Report on lock hospitals in British Burma
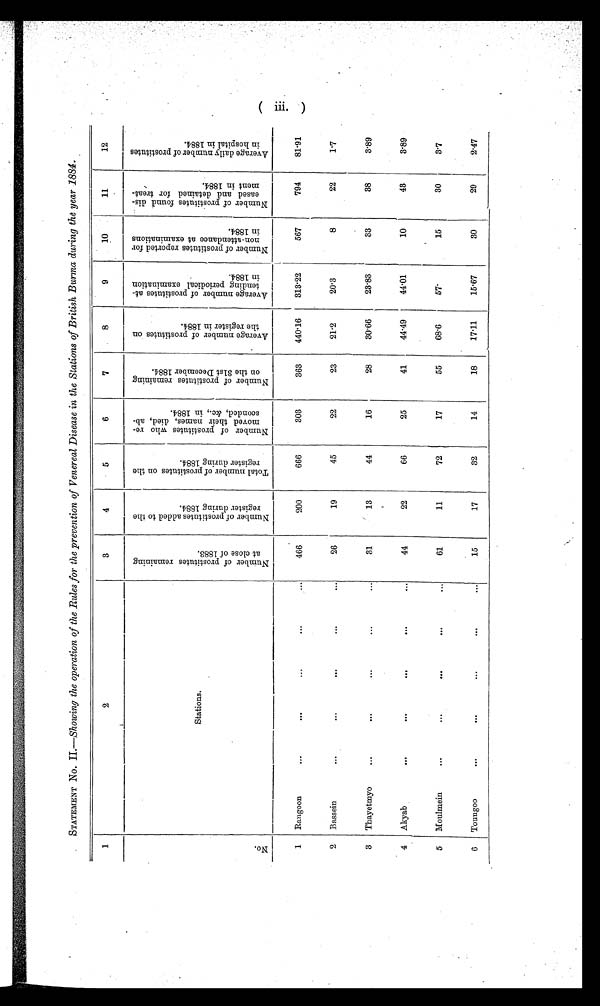
STATEMENT No. II .—Showing the operation of the Rules for the prevention of Venereal Disease in the Stations of British Burma during the year 1884.
1
2
3
4
5
6
7
8
9
10
11
12
N o .
Stations.
N u m b e r o f p r o s t i t u t e s r e m a i n i n g a t c l o s e o f 1 8 8 3 .
N u m b e r o f p r o s t i t u t e s a d d e d t o t h e r e g i s t e r d u r i n g 1 8 8 4 .
T o t a l n u m b e r o f p r o s t i t u t e s o n t h e r e g i s t e r d u r i n g 1 8 8 4 .
N u m b e r o f p r o s t i t u t e s w h o r e m o v e d t h e i r n a m e s , d i e d , a b s c o n d e d , & a m p ; c . , i n 1 8 8 4 .
N u m b e r o f p r o s t i t u t e s r e m a i n i n g o n t h e 3 1 s t D e c e m b e r 1 8 8 4 .
A v e r a g e n u m b e r o f p r o s t i t u t e s o n t h e r e g i s t e r i n 1 8 8 4 .
A v e r a g e n u m b e r o f p r o s t i t u t e s a t t e n d i n g p e r i o d i c a l e x a m i n a t i o n i n 1 8 8 4 .
N u m b e r o f p r o s t i t u t e s r e p o r t e d f o r n o n - a t t e n d a n c e a t e x a m i n a t i o n s i n 1 8 8 4
N u m b e r o f p r o s t i t u t e s f o u n d d i s e a s e d a n d d e t a i n e d f o r t r e a t m e n t i n 1 8 8 4 .
A v e r a g e d a i l y n u m b e r o f p r o s t i t u t e s i n h o s p i t a l i n 1 8 8 4 .
1 Rangoon
...
...
...
466
200
666
303
363
440.16
313.22
567
794
81.91
2 Bassein
...
...
...
...
26
19
45
22
23
21.2
20.3
8
22
1.7
3 Thayetmyo
..
...
...
...
...
31
13
44
16
28
30.66
23.83
33
38
3'89
4 Akyab
...
...
...
...
44
22
66
25
41
44.49
44.01
10
43
3.89
5 Moulmein
...
...
...
...
...
61
11
72
17
55
68.6
57.
15
30
3.7
6 Toungoo
...
...
...
...
15
17
32
14
18
17.11
15.67
30
29
2.47
(iii.)